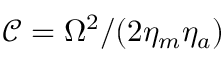
\mathscr { C } = \Omega ^ { 2 } / ( 2 \eta _ { m } \eta _ { a } )